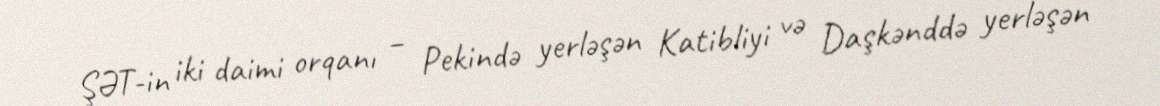
ŞƏT-in iki daimi orqanı – Pekində yerləşən Katibliyi və Daşkənddə yerləşən